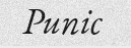
Punic